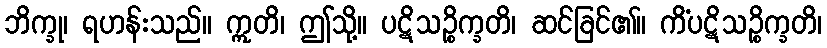
ဘိက္ခု၊ ရဟန်းသည်။ ဣတိ၊ ဤသို့။ ပဋိသဉ္စိက္ခတိ၊ ဆင်ခြင်၏။ ကိံပဋိသဉ္စိက္ခတိ၊